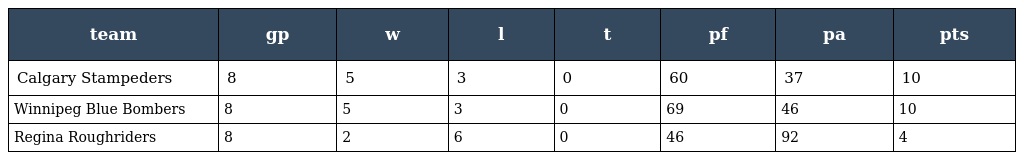
| team | gp | w | l | t | pf | pa | pts |
 | --- | --- | --- | --- | --- | --- | --- | --- |
 | Calgary Stampeders | 8 | 5 | 3 | 0 | 60 | 37 | 10 |
 | Winnipeg Blue Bombers | 8 | 5 | 3 | 0 | 69 | 46 | 10 |
 | Regina Roughriders | 8 | 2 | 6 | 0 | 46 | 92 | 4 |